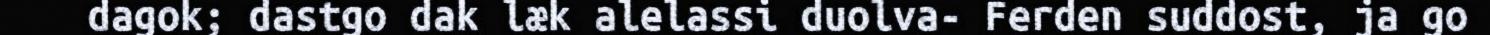
dagok; dastgo dak læk alelassi duolva- Ferden suddost, ja go